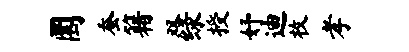
圜蚕籍双绿授妤迪枚孝